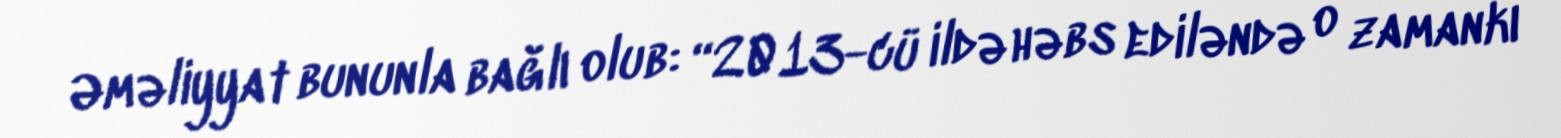
Əməliyyat bununla bağlı olub: “2013-cü ildə həbs ediləndə o zamankı